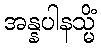
အန္နပါနသ္မိံ